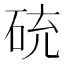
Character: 𥒝